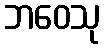
ဘဝေသု